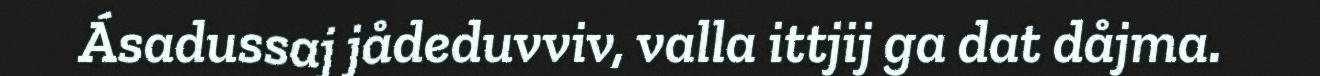
Ásadussaj jådeduvviv, valla ittjij ga dat dåjma.